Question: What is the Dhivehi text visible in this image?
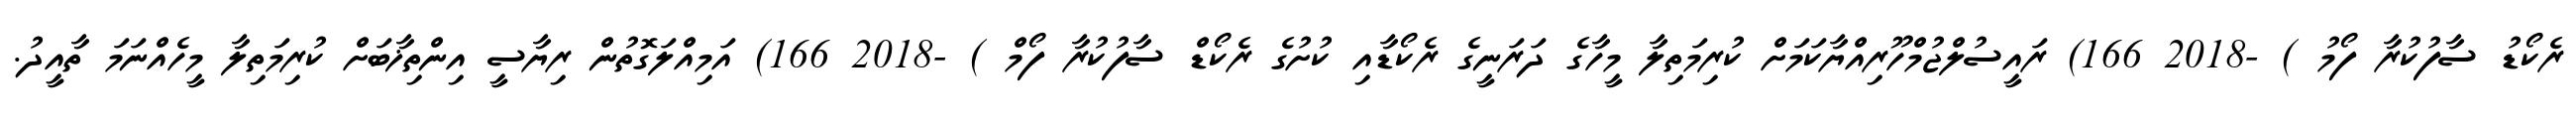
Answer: ރެކޯޑު ސާފުކުރާ ފޯމު ) -2018 166) ރައީސުލްޖުމްހޫރިއްޔާކަމަށް ކުރިމަތިލާ މީހާގެ ދަރަނީގެ ރެކޯޑާއި ކުށުގެ ރެކޯޑް ސާފުކުރާ ފޯމް ) -2018 166) އަމިއްލަގޮތުން ރިޔާސީ އިންތިޚާބަށް ކުރިމަތިލާ މީހެއްނަމަ ތާއީދު.